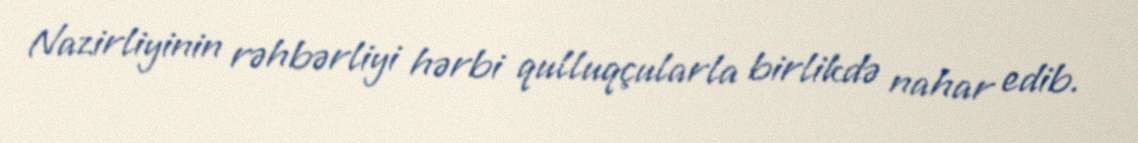
Nazirliyinin rəhbərliyi hərbi qulluqçularla birlikdə nahar edib.